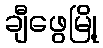
ချီဖွေမြို့